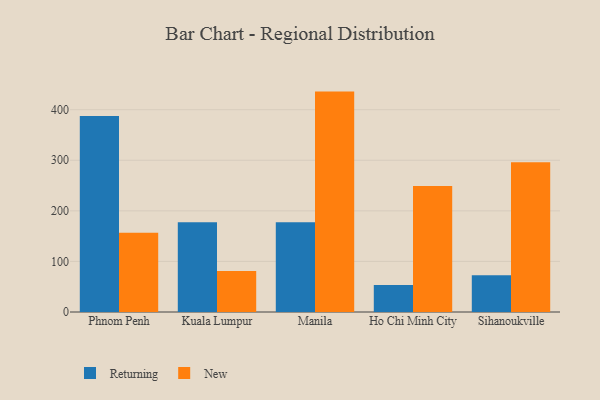
{"axis": {"x": "City", "y": "Operating Costs (USD K)"}, "legend": ["New", "Returning"], "data": [{"x": "Phnom Penh", "y": 387.7, "type": "Returning"}, {"x": "Phnom Penh", "y": 156.9, "type": "New"}, {"x": "Kuala Lumpur", "y": 177.3, "type": "Returning"}, {"x": "Kuala Lumpur", "y": 80.9, "type": "New"}, {"x": "Manila", "y": 177.7, "type": "Returning"}, {"x": "Manila", "y": 435.8, "type": "New"}, {"x": "Ho Chi Minh City", "y": 53.5, "type": "Returning"}, {"x": "Ho Chi Minh City", "y": 248.9, "type": "New"}, {"x": "Sihanoukville", "y": 72.5, "type": "Returning"}, {"x": "Sihanoukville", "y": 296.2, "type": "New"}]}